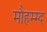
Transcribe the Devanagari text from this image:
मौहम्म्द